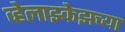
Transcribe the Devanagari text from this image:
व्हेलाझ्केझच्या